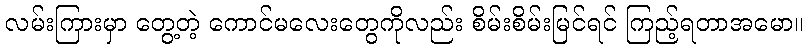
လမ်းကြားမှာ တွေ့တဲ့ ကောင်မလေးတွေကိုလည်း စိမ်းစိမ်းမြင်ရင် ကြည့်ရတာအမော။